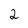
Character: 2